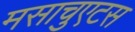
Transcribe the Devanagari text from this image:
मसाचुएटस